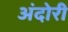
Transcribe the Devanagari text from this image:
अंदोरी